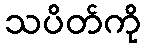
သပိတ်ကို